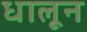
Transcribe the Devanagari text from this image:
धालून